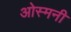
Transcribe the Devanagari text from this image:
ओस्मनी